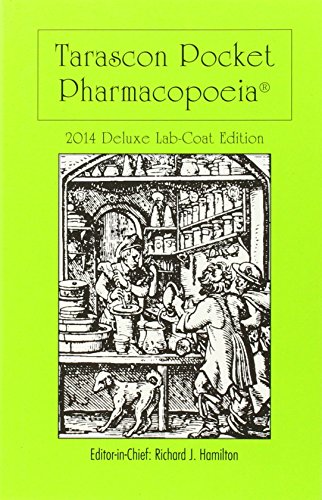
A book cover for Tarascon Pocket Pharmacopoeia 2014 Deluxe Lab-Coat Edition (Tarascon Pocket Pharmacopoeia: Deluxe Lab-Coat Pocket); MD, FAAEM, FACMT, FACEP, Editor in Chief, Richard J. Hamilton; Medical Books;